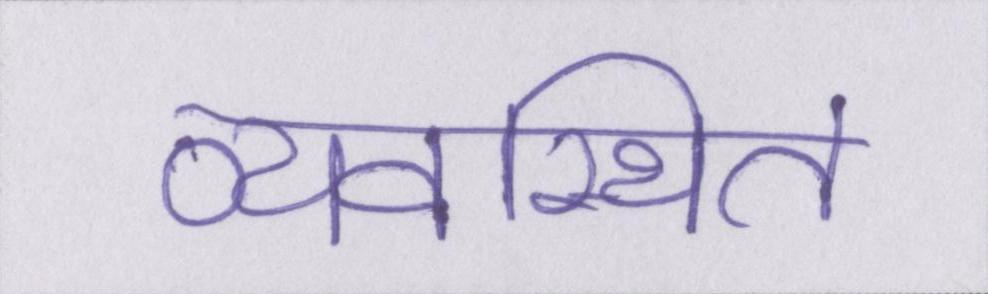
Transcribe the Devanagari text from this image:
व्यवस्थित